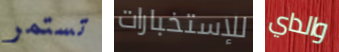
تستمر للإستخبارات والداي